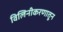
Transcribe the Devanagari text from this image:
विलिनीकरणातून